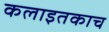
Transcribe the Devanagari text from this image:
कलाइतकाच